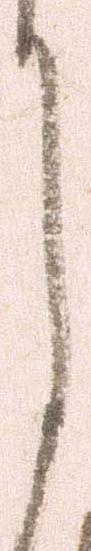
月